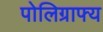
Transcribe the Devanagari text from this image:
पोलिग्राफ्य